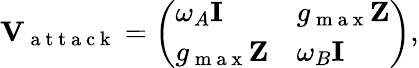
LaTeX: \mathbf{V}_{\mathrm{~a~t~t~a~c~k~}}=\left(\begin{array}{ll}{\omega_{A}\mathbf{I}}&{g_{\mathrm{~m~a~x~}}\mathbf{Z}}\\ {g_{\mathrm{~m~a~x~}}\mathbf{Z}}&{\omega_{B}\mathbf{I}}\end{array}\right),